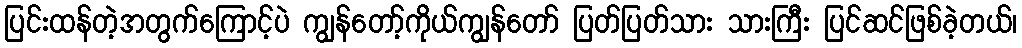
ပြင်းထန်တဲ့အတွက်ကြောင့်ပဲ ကျွန်တော့်ကိုယ်ကျွန်တော် ပြတ်ပြတ်သား သားကြီး ပြင်ဆင်ဖြစ်ခဲ့တယ်၊